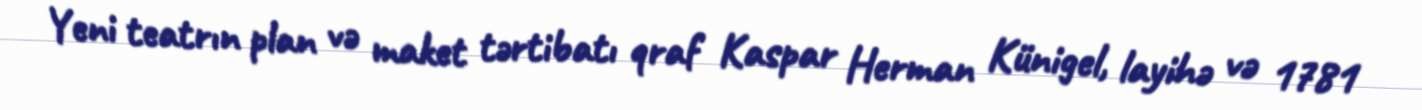
Yeni teatrın plan və maket tərtibatı qraf Kaspar Herman Künigel, layihə və 1781